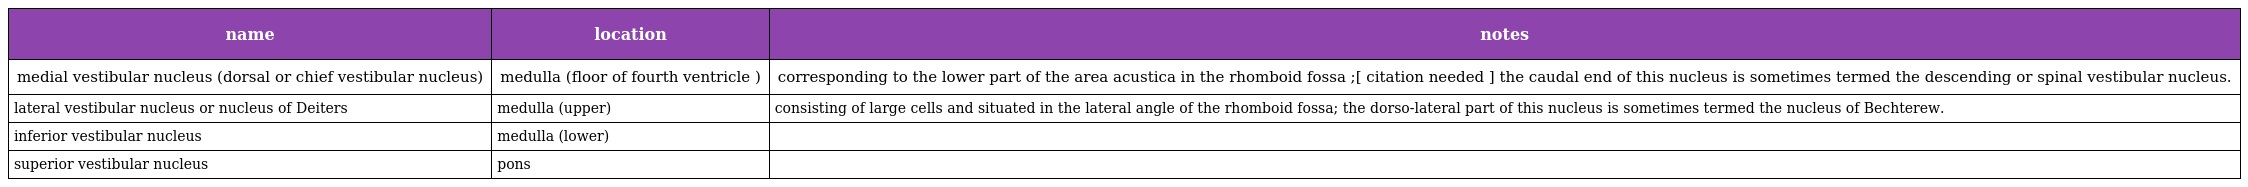
| name | location | notes |
 | --- | --- | --- |
 | medial vestibular nucleus (dorsal or chief vestibular nucleus) | medulla (floor of fourth ventricle ) | corresponding to the lower part of the area acustica in the rhomboid fossa ;[ citation needed ] the caudal end of this nucleus is sometimes termed the descending or spinal vestibular nucleus. |
 | lateral vestibular nucleus or nucleus of Deiters | medulla (upper) | consisting of large cells and situated in the lateral angle of the rhomboid fossa; the dorso-lateral part of this nucleus is sometimes termed the nucleus of Bechterew. |
 | inferior vestibular nucleus | medulla (lower) |  |
 | superior vestibular nucleus | pons |  |